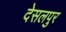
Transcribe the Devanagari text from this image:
देसलपुर